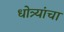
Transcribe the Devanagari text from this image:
धोत्र्यांचा